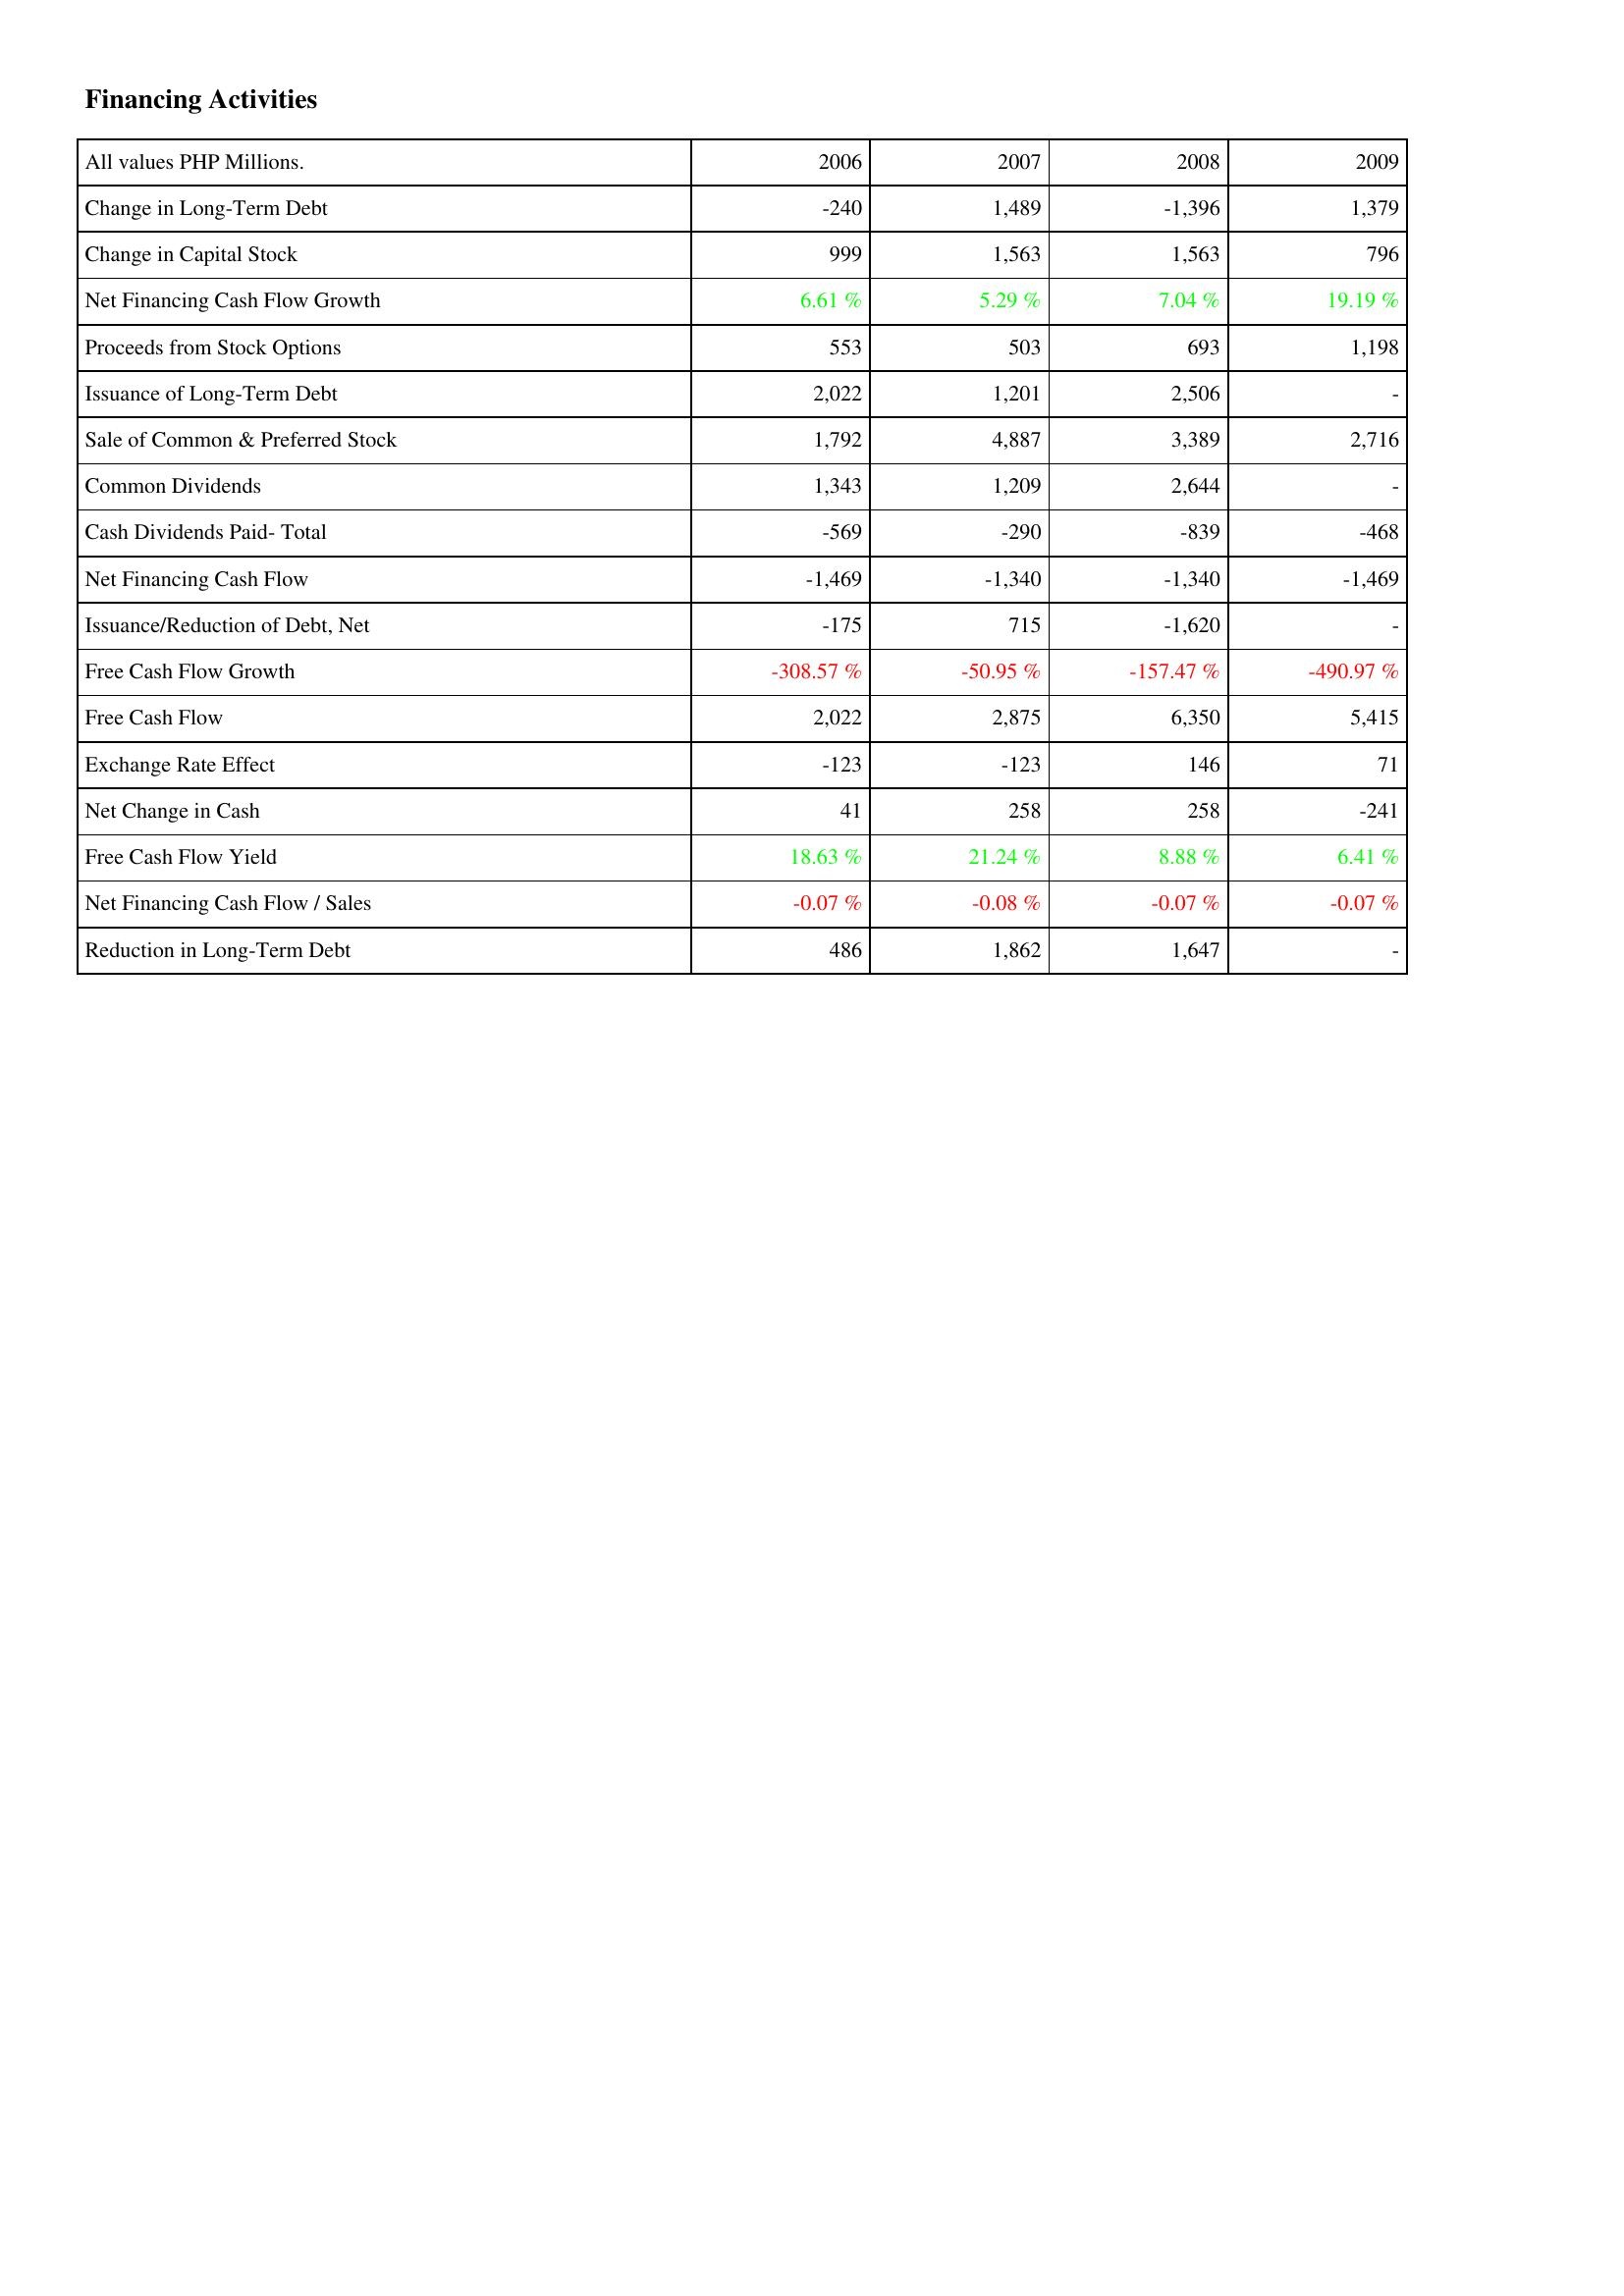
2006: Financing Activities: Change in Long-Term Debt: -240
Change in Capital Stock: 999
Net Financing Cash Flow Growth: 6.61 %
Proceeds from Stock Options: 553
Issuance of Long-Term Debt: 2,022
Sale of Common & Preferred Stock: 1,792
Common Dividends: 1,343
Cash Dividends Paid- Total: -569
Net Financing Cash Flow: -1,469
Issuance/Reduction of Debt, Net: -175
Free Cash Flow Growth: -308.57 %
Free Cash Flow: 2,022
Exchange Rate Effect: -123
Net Change in Cash: 41
Free Cash Flow Yield: 18.63 %
Net Financing Cash Flow / Sales: -0.07 %
Reduction in Long-Term Debt: 486
2007: Financing Activities: Change in Long-Term Debt: 1,489
Change in Capital Stock: 1,563
Net Financing Cash Flow Growth: 5.29 %
Proceeds from Stock Options: 503
Issuance of Long-Term Debt: 1,201
Sale of Common & Preferred Stock: 4,887
Common Dividends: 1,209
Cash Dividends Paid- Total: -290
Net Financing Cash Flow: -1,340
Issuance/Reduction of Debt, Net: 715
Free Cash Flow Growth: -50.95 %
Free Cash Flow: 2,875
Exchange Rate Effect: -123
Net Change in Cash: 258
Free Cash Flow Yield: 21.24 %
Net Financing Cash Flow / Sales: -0.08 %
Reduction in Long-Term Debt: 1,862
2008: Financing Activities: Change in Long-Term Debt: -1,396
Change in Capital Stock: 1,563
Net Financing Cash Flow Growth: 7.04 %
Proceeds from Stock Options: 693
Issuance of Long-Term Debt: 2,506
Sale of Common & Preferred Stock: 3,389
Common Dividends: 2,644
Cash Dividends Paid- Total: -839
Net Financing Cash Flow: -1,340
Issuance/Reduction of Debt, Net: -1,620
Free Cash Flow Growth: -157.47 %
Free Cash Flow: 6,350
Exchange Rate Effect: 146
Net Change in Cash: 258
Free Cash Flow Yield: 8.88 %
Net Financing Cash Flow / Sales: -0.07 %
Reduction in Long-Term Debt: 1,647
2009: Financing Activities: Change in Long-Term Debt: 1,379
Change in Capital Stock: 796
Net Financing Cash Flow Growth: 19.19 %
Proceeds from Stock Options: 1,198
Issuance of Long-Term Debt: -
Sale of Common & Preferred Stock: 2,716
Common Dividends: -
Cash Dividends Paid- Total: -468
Net Financing Cash Flow: -1,469
Issuance/Reduction of Debt, Net: -
Free Cash Flow Growth: -490.97 %
Free Cash Flow: 5,415
Exchange Rate Effect: 71
Net Change in Cash: -241
Free Cash Flow Yield: 6.41 %
Net Financing Cash Flow / Sales: -0.07 %
Reduction in Long-Term Debt: -